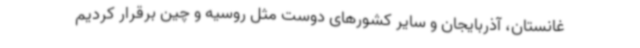
غانستان، آذربایجان و سایر کشورهای دوست مثل روسیه و چین برقرار کردیم